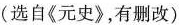
（选自《元史》，有删改）